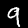
Label: 9